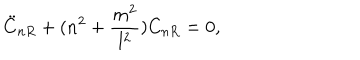
\ddot { C } _ { n R } + ( n ^ { 2 } + \frac { m ^ { 2 } } { l ^ { 2 } } ) C _ { n R } = 0 ,